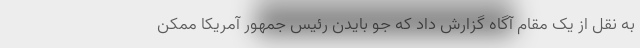
به نقل از یک مقام آگاه گزارش داد که جو بایدن رئیس جمهور آمریکا ممکن